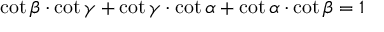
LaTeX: \cot \beta \cdot \cot \gamma + \cot \gamma \cdot \cot \alpha + \cot \alpha \cdot \cot \beta = 1